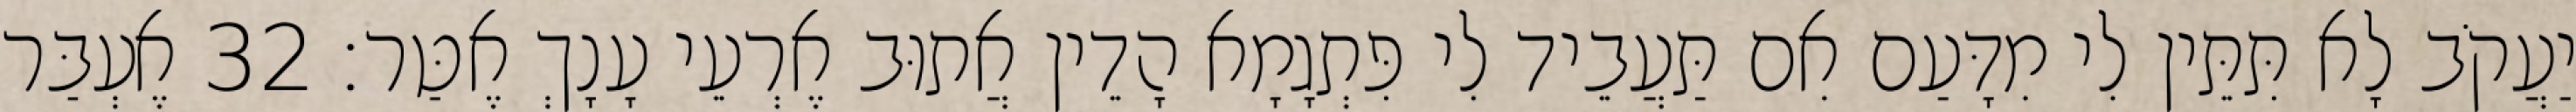
יַעֲקֹב לָא תִּתֵּין לִי מִדָּעַם אִם תַּעֲבֵיד לִי פִּתְגָמָא הָדֵין אֲתוּב אֶרְעֵי עָנָךְ אֶטַּר׃ 32 אֶעְבַּר